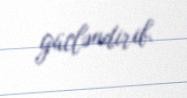
gücləndirib.